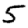
Digit: 5